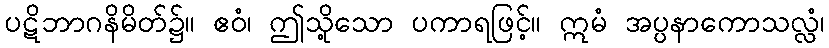
ပဋိဘာဂနိမိတ်၌။ ဧဝံ၊ ဤသို့သော ပကာရဖြင့်။ ဣမံ အပ္ပနာကောသလ္လံ၊